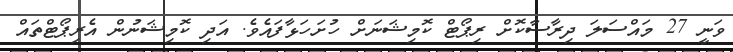
ވަނީ 27 މައްސަލަ ދިރާސާކޮށް ރިޕޯޓް ކޮމިޝަނަށް ހުށަހަޅާފައެވެ. އަދި ކޮމިޝަނުން އެރިޕޯޓްތައް